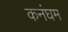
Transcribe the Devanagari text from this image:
कनंघम